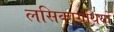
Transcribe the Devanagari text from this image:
लसिकाग्रंथियों